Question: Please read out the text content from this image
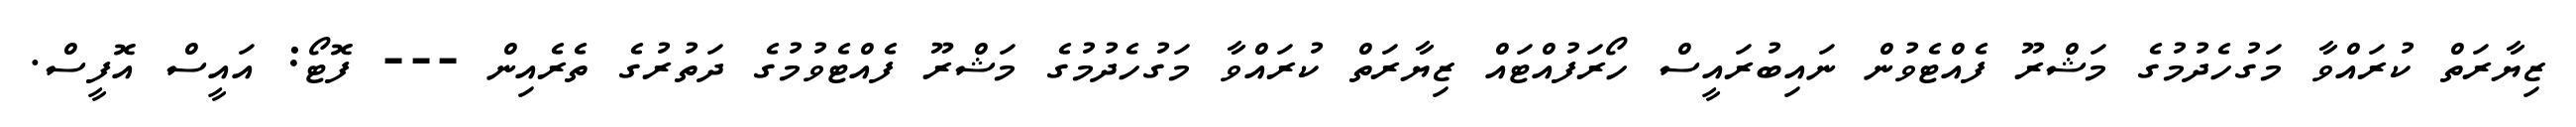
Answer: ޒިޔާރަތް ކުރައްވާ މަގުހެދުމުގެ މަޝްރޫ ފެއްޓެވުން ނައިބުރައީސް ހޯރަފުއްޓައް ޒިޔާރަތް ކުރައްވާ މަގުހެދުމުގެ މަޝްރޫ ފެއްޓެވުމުގެ ދަތުރުގެ ތެރެއިން --- ފޮޓޯ: އައީސް އޮފީސް.